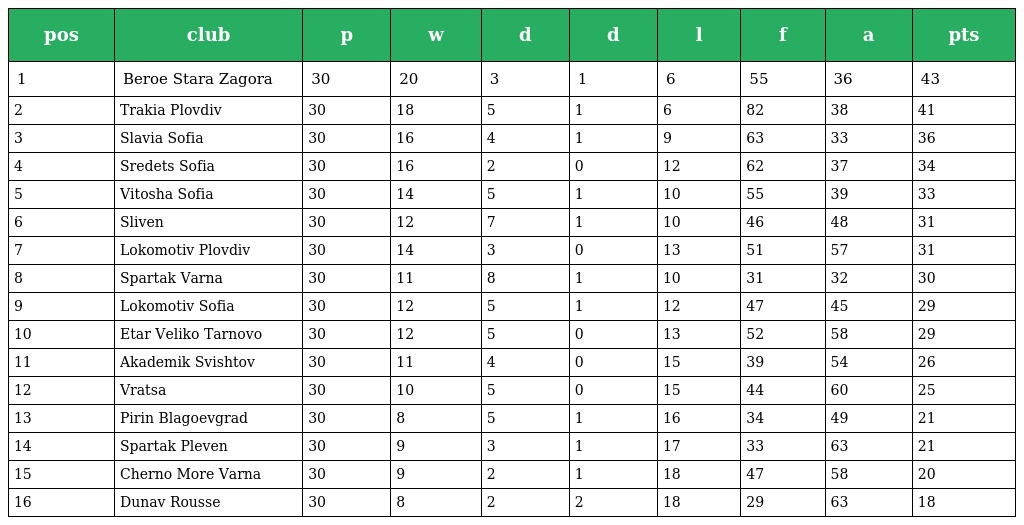
| pos | club | p | w | d | d | l | f | a | pts |
 | --- | --- | --- | --- | --- | --- | --- | --- | --- | --- |
 | 1 | Beroe Stara Zagora | 30 | 20 | 3 | 1 | 6 | 55 | 36 | 43 |
 | 2 | Trakia Plovdiv | 30 | 18 | 5 | 1 | 6 | 82 | 38 | 41 |
 | 3 | Slavia Sofia | 30 | 16 | 4 | 1 | 9 | 63 | 33 | 36 |
 | 4 | Sredets Sofia | 30 | 16 | 2 | 0 | 12 | 62 | 37 | 34 |
 | 5 | Vitosha Sofia | 30 | 14 | 5 | 1 | 10 | 55 | 39 | 33 |
 | 6 | Sliven | 30 | 12 | 7 | 1 | 10 | 46 | 48 | 31 |
 | 7 | Lokomotiv Plovdiv | 30 | 14 | 3 | 0 | 13 | 51 | 57 | 31 |
 | 8 | Spartak Varna | 30 | 11 | 8 | 1 | 10 | 31 | 32 | 30 |
 | 9 | Lokomotiv Sofia | 30 | 12 | 5 | 1 | 12 | 47 | 45 | 29 |
 | 10 | Etar Veliko Tarnovo | 30 | 12 | 5 | 0 | 13 | 52 | 58 | 29 |
 | 11 | Akademik Svishtov | 30 | 11 | 4 | 0 | 15 | 39 | 54 | 26 |
 | 12 | Vratsa | 30 | 10 | 5 | 0 | 15 | 44 | 60 | 25 |
 | 13 | Pirin Blagoevgrad | 30 | 8 | 5 | 1 | 16 | 34 | 49 | 21 |
 | 14 | Spartak Pleven | 30 | 9 | 3 | 1 | 17 | 33 | 63 | 21 |
 | 15 | Cherno More Varna | 30 | 9 | 2 | 1 | 18 | 47 | 58 | 20 |
 | 16 | Dunav Rousse | 30 | 8 | 2 | 2 | 18 | 29 | 63 | 18 |